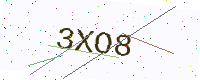
Text: 3XO8